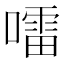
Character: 𡀂